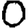
Digit: 0